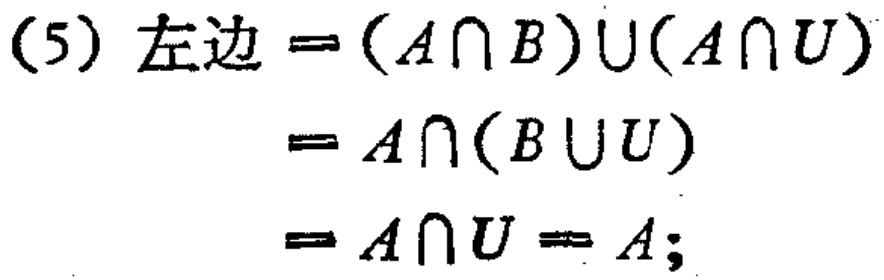
(5) 左边 \(=(A\cap B)\cup(A\cap U)\)

\(=A\cap(B\cup U)\)

\(=A\cap U = A;\)